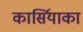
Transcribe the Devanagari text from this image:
कार्सियाका